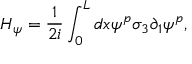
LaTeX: H _ { \psi } = \frac { 1 } { 2 i } \int _ { 0 } ^ { L } d x \psi ^ { p } \sigma _ { 3 } \partial _ { 1 } \psi ^ { p } ,